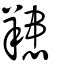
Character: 䍺